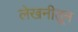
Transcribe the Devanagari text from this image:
लेखनीतून